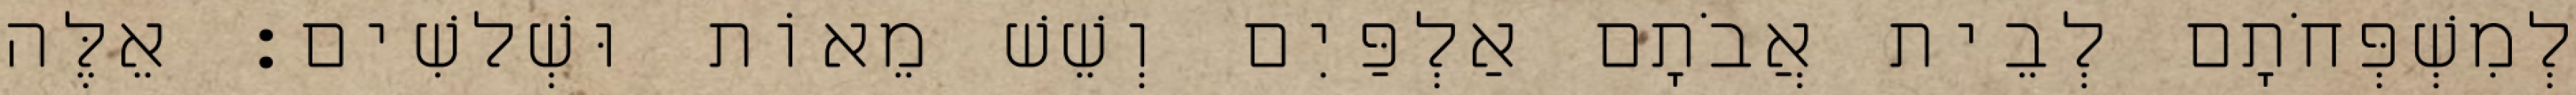
לְמִשְׁפְּחֹתָם לְבֵית אֲבֹתָם אַלְפַּיִם וְשֵׁשׁ מֵאוֹת וּשְׁלשִׁים׃ אֵלֶּה